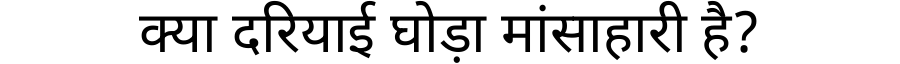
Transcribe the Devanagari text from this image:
क्या दरियाई घोड़ा मांसाहारी है?